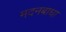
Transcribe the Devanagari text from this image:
मदनबाधा